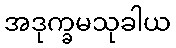
အဒုက္ခမသုခါယ